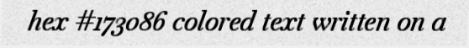
hex #173086 colored text written on a